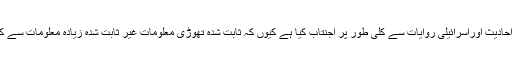
اور ضعیف احادیث اوراسرائیلی روایات سے کلی طور پر اجنتاب کیا ہے کیوں کہ ثابت شدہ تھوڑی معلومات غیر ثابت شدہ زیادہ معلومات سے کہیں بہترہیں۔